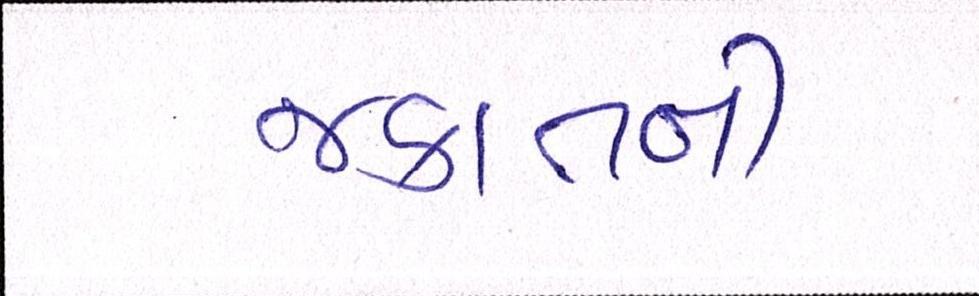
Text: જકાતની